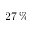
2 7 \, \%